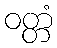
ဝတ္တံ